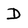
Character: D